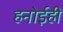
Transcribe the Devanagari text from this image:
हनोईही